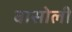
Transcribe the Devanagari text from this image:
बासोली